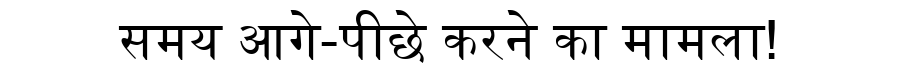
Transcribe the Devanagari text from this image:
समय आगे-पीछे करने का मामला!